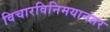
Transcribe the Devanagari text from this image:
विचारविनिमयानंतर